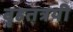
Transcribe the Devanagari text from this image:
वृहतत्रयी